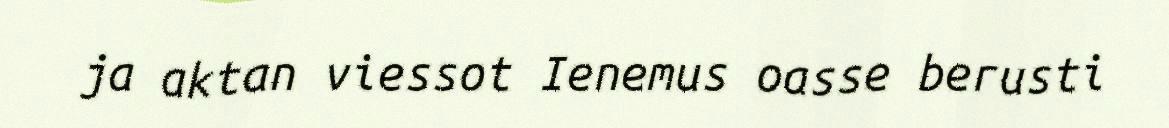
ja aktan viessot Ienemus oasse berusti